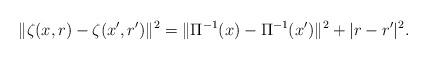
LaTeX: \begin{align*}\| \zeta(x,r) - \zeta (x',r' )\|^2 = \| \Pi^{-1}(x) - \Pi^{-1}(x') \|^2 + |r - r'|^2.\end{align*}